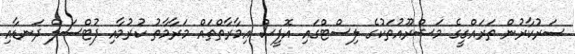
ސަރުކާރުން ތަރައްގީގެ މަޝްރޫއުތަކުގެ ލިސްޓްގައި އޮފީސް އިމާރާތްތައް މަރާމާތު ކުރުމާއި ފުޓްސަލް ދަނޑާއި